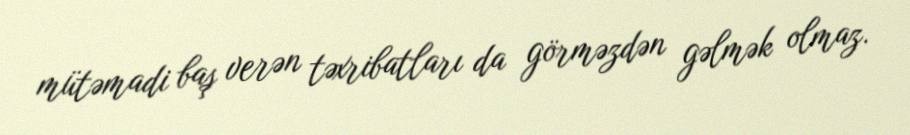
mütəmadi baş verən təxribatları da görməzdən gəlmək olmaz.